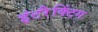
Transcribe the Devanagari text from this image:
इंटरैक्टिंग